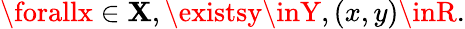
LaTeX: \forallx\in\mathbf{X},\existsy\inY,(x,y)\inR.